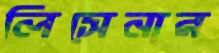
লিসেনার